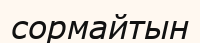
сормайтын